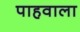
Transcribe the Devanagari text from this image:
पाहवाला